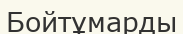
Бойтұмарды